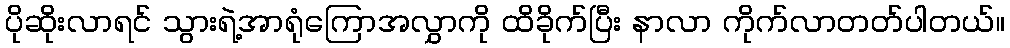
ပိုဆိုးလာရင် သွားရဲ့အာရုံကြောအလွှာကို ထိခိုက်ပြီး နာလာ ကိုက်လာတတ်ပါတယ်။